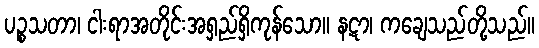
ပဉ္စသတာ၊ ငါးရာအတိုင်းအရှည်ရှိကုန်သော။ နဋာ၊ ကချေသည်တို့သည်။